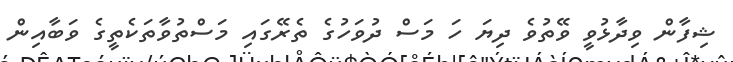
ޝިފާން ވިދާޅުވީ ވޭތުވެ ދިޔަ ހަ މަސް ދުވަހުގެ ތެރޭގައި މަސްތުވާތަކެތީގެ ވަބާއިން